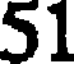
51